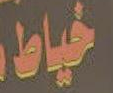
خياط